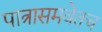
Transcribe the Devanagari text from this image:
पात्रासमवेतच